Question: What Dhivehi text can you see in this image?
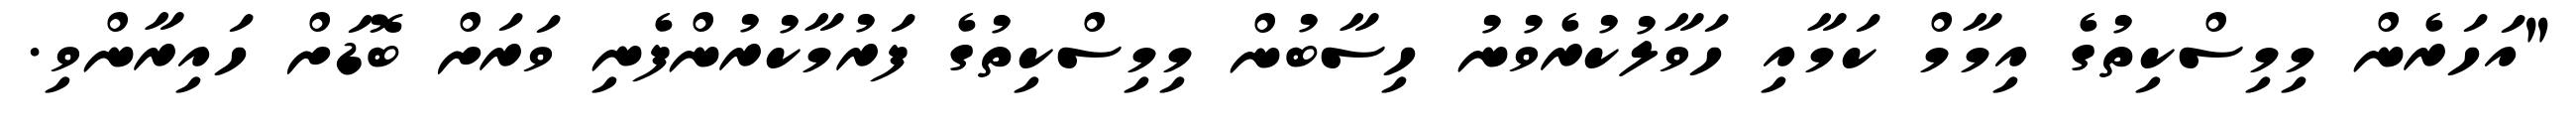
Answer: "އަހަރެން މިމިސްކިތުގެ އިމާމް ކަމާއި ހަވާލުކުރެވުނު ހިސާބުން މިމިސްކިތުގެ ފަރުމާކުރުންފެނި ވަރަށް ބޮޑަށް ހައިރާންވި.